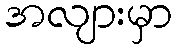
အလျားမှာ